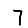
Digit: 7